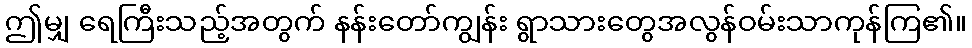
ဤမျှ ရေကြီးသည့်အတွက် နန်းတော်ကျွန်း ရွာသားတွေအလွန်ဝမ်းသာကုန်ကြ၏။